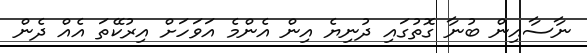
ނާސާއިން ބުނާ ގޮތުގައި ދުނިޔެ އިން އެންމެ އަވަހަށް އިރުކޭތަ އެއް ދެން